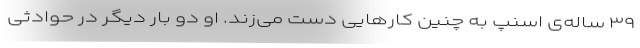
۳۹ ساله‌ی اسنپ به چنین کارهایی دست می‌زند. او دو بار دیگر در حوادثی